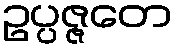
ဥပ္ပဇ္ဇတေ